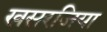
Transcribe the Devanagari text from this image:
खसरजिया